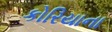
કોરિયાના